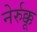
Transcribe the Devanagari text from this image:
नेर्रुक्कू